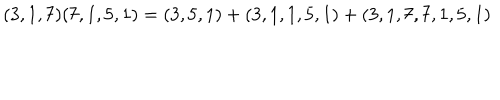
( 3 , 1 , 7 ) ( 7 , 1 , 5 , 1 ) = ( 3 , 5 , 1 ) + ( 3 , 1 , 1 , 5 , 1 ) + ( 3 , 1 , 7 , 7 , 1 , 5 , 1 )